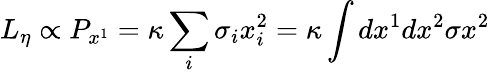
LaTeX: L_{\eta}\propto P_{x^{1}}=\kappa\sum_{i}\sigma_{i}x_{i}^{2}=\kappa\int dx^{1}dx^{2}\sigma x^{2}